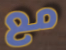
مع